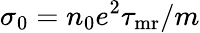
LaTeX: \sigma_{0}=n_{0}e^{2}\tau_{\mathrm{mr}}/m